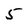
Character: 5